Vaccination in Burma 1912-1922 - 1912-1922
Year: 1912
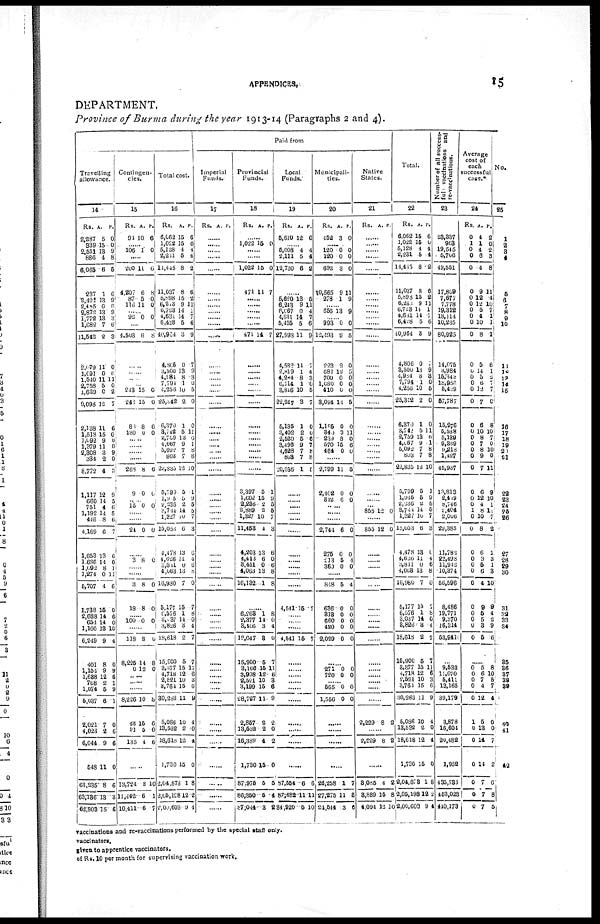
APPENDICES.
15
DEPARTMENT.
Province of Burma during the year 1913-14 (Paragraphs 2 and 4).
Travelling
allowance.
14
Rs.
2,287
339
2,551
886
6,065
237
2,491
2,485
2,872
1,772
1,682
11,542
2,079
1,091
1,540
2,758
1,629
9,098
2,138
1,518
1,092
1,379
2,308
334
8,772
1,117
660
751
1,192
446
4,169
1,653
1,686
1,092
1,274
5,707
1,788
2,688
654
1,166
6,249
401
1,154
1,638
768
1,074
5,037
2,021
4,023
6,044
548
63,235
63,136
62,903
A.
5
15
13
4
6
1
13
0
13
13
7
2
11
0
11
5
0
12
11
15
9
11
3
2
4
12
14
4
14
8
6
13
14
8
0
4
15
14
14
13
9
8
9
12
2
5
6
7
2
9
11
8
13
15
P.
0
0
9
8
5
6
9
6
9
3
6
3
0
6
11
0
2
7
6
0
0
0
9
0
3
9
5
6
5
6
7
6
0
1 11
6
0
6
0
10
4
0
9
6
1
9
1
0
6
6
0
6
3
6
Contingen-
cies.
15
Rs.
94
A.
10
P.
6
106 1 0
......
200
4,207
87
116
11
6
5
11
6
8
0 0
...... 92 0 0
......
4,503 6 8
......
......
......
...... 213
243
88
180
15
15
8
0
0
0
6
0
......
......
......
......
268
9
8
0
6
0
...... 15 0 0
......
......
24 0 0
......
3 8 0
......
......
3
18
8
8
0
0
...... 100 0 0
118
8,225
0
8
14
12
0
8
0
.....
......
......
8,226
43
91
135
10
15
5
4
8
6
0
6
......
13,724
11,442
10,411
8
6
6
10
1
7
Total cost.
16
Rs.
6,062
1,022
5,128
2,261
11,445
11,037
5,898
6,213
6,723
4,631
6,428
10,964
4,806
3,500
...... 7,794
4,256
25,842
6,370
3,742
2,759
4,067
5,092
803
22,835
5,799
1,915
2,236
3,714
1,327
15,053
4,478
4,626
3,811
4,063
16,980
5,177
6,576
3,037
3,826
18,618
15,900
3,877
4,718
2,521
3,764
30,283
5,086
13,532
18,618
1,730
2,04,878
2,05,198
2,00,603
A.
15
15
4
5
8
8
15
9
14
14
5
3
0
13
8
1
10
2
1
5
13
9
7
7
12
5
5
2
14
10
6
13
11 0
13
7
15
1
14
3
2
5
15
12
10
15
11
10
2
12
15
1
12
9
P.
6
0
4
4
2
6
2
11
1
7
6
9
7
9
3
0
5
0
0
11
6
1
8
8
10
1
9
5
5
7
3
6
4
6
8
0
7
8
0
4
7
7
11
6
3
6
9
4
0
4
0
8
2
4
Paid from
Imperial
Funds.
17
Rs. A P.
......
......
......
......
......
......
......
......
......
......
......
......
......
......
......
...... ......
......
......
......
...... .....
......
......
......
......
......
......
......
......
......
......
......
......
......
......
......
......
......
......
......
......
......
......
......
......
......
......
......
......
......
......
Provincial
Funds.
18
Rs. A. P.
1,022 15 0
......
......
1,022
471
15
14
0
7
......
......
......
......
......
471 14 7
......
......
......
...... ......
......
......
......
......
......
......
......
......
3,397
1,602
2,236
2,889
1,327
11,453
4,203
4,413
3,451
4,063
16,132
5
15
2
2
10
4
13
6
0
13
1
1
9
5
5
7
3
6
0
6
8
8
......
6,263
2,377
3,106
12,047
15,900
3,106
3,908
2,521
3,199
28,727
2,857
13,532
16,389
1,730
87,975
86,350
87,044
1
14
3
3
5
15
12
10
15
11
2
2
4
15
5
5
3
8
0
4
0
7
11
6
3
6
9
2
0
2
0
5
4
82
Local
Funds.
19
Rs.
5,610
A.
12
P.
6
...... 5,008
2,111
12,730
4
5
6
4
4
2
5,620
6,243
6,067
4,631
5,435
27,998
4,582
2,819
4,284
6,714
3,846
22,247
5,185
3,402
2,520
3,496
4,628
803
20,636
13
9
0
14
5
11
14
1
8
1
10
3
1
2
5
9
7
7
1
5
11
4
7
6
9
7
4
3
0
5
7
0
0
6
7
8
8
5
......
......
......
......
......
......
......
......
......
......
......
4,541 15 7
......
......
......
4,541 15 7
......
......
......
......
......
......
......
......
......
......
87,554
87,682
84,920
6
11
5
6
11
10
Municipali-
ties.
20
Rs.
452
A.
3
P.
0
...... 120
120
692
10,565
278
0
0
3
9
1
0
0
0
11
9
...... 656 13 9
...... 993
12,193
223
681
700
1,080
410
3,094
1,185
340
289
570
464
0
9
2
12
0
0
0
14
0
3
8
15
0
0
5
0
5
0
0
0
5
0
11
0
6
0
......
2,799
2,402
312
11
0
6
5
0
0
...... ......
......
2,744
275
213
360
6
0
5
0
0
0
4
0
......
848
636
813
660
420
2,029
5
0
0
0
0
0
4
0
0
0
0
0
......
271
720
0
0
0
0
...... 565
1,556
0
0
0
0
......
......
......
......
26,258
27,275
24,544
1
11
3
7
3
6
Native
States.
21
Rs. A. P.
......
......
......
......
......
......
......
......
......
......
......
......
......
......
......
......
......
......
......
......
......
......
......
......
......
......
......
......
855 12 0
......
855 12 0
......
......
......
......
......
......
......
......
......
......
......
......
......
......
......
......
2,229 8 2
......
2,229 8 2
......
3,085
3,889
4,094
4
15
13
2
8
10
Total.
22
Rs.
6,062
1,022
5,128
2,231
14,415
11,037
5,898
6,241
6,723
4,681
6,428
40,964
4,806
3,500
4,984
7,794
4,256
25,312
6,370
3,742
2,759
4,067
5,092
803
22,835
5,799
1,945
2,236
3,741
1,327
15,053
4,478
4,626
3,811
4,003
16,980
5,177
6,576
3,037
3,826
18,618
15,900
3,377
4,718
2,521
3,761
30,283
5,086
13,532
18,618
1,730
2,04,873
2,05,198
2,00,603
A.
15
15
4
5
8
8
15
9
14
14
5
3
0
13
8
1
10
2
1
5
13
9
7
7
12
5
5
2
14
10
6
13
11
0
13
7
15
1
14
3
2
5
15
12
10
15
11
10
2
12
15
1
12
9
P.
6
0
4
4
2
6
2
11
1
7
6
9
7
9
3
0
5
0
0
11
6
1
8
8
10
1
9
5
5
7
3
0
4
6
8
0
7
8
0
4
7
7
11
6
3
6
9
4
0
4
0
8
2
4
Number of all success¬
full
vaccinations and
re-vaccinations.
23
23,337
968
19,545
5,706
49,551
17,809
7,677
7,778
19,312
18,114
10,235
80,925
14,075
3,984
15,840
18,956
5,429
57,787
15,276
5,538
5,139
9,339
9,218
1,427
45,937
13,813
2,419
8,746
2,404
2,006
29,388
11,782
22,498
11,942
10,374
56,596
8,486
19,771
9,370
16,314
53,941
......
9,533
11,070
5,411
13,165
39,179
3,878
16,604
20,482
1,952
435,788
153,023
440,173
Average
cost of
each
successful
case.*
24
Rs.
0
1 0
0
0
0
0
0
0
0
0
0
0
0
0
0
0
0
0
0
0
0
0
0
0
0
0
0
1
0
0
0
0
0
0
0
0
0
0
0
0
A.
4
1
4
6
4
9
12
12
5
4
10
8
5
14
5
6
12
7
6
10
8
7
8
9
7
6
12
4
8
10
8
6
3
5
6
4
9
5
5
3
5
P.
2
0
2
3
8
11
4
10
7
1
1
1
6
1
2
7
7
0
8
10
7
0
10
0
11
9
10
1
11
7
2
1
3
1
3
10
0
4
2
9
6
......
0
0
0
0
0
1
0
0
0
0
0
0
5
6
7
4
12
5
18
14
14
7
7
7
8
10
5
7
4
0
0
7
2
6
8
5
No.
25
1
2
3
4
5
6
7 8
9
10
11
12
13
14
15
16
17
18
19
20
21
22
23
24
25
26
27
28
29
30
31
32
33
34
35
36
37
38 39
40
41
42
vaccinations and re-vaccinations performed by the special staff only.
vaccinators.
given to apprentice vaccinators.
of Rs. 10 per month for supervising vaccination work.